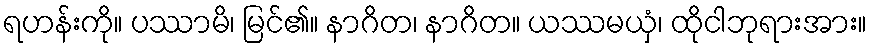
ရဟန်းကို။ ပဿာမိ၊ မြင်၏။ နာဂိတ၊ နာဂိတ။ ယဿမယှံ၊ ထိုငါဘုရားအား။